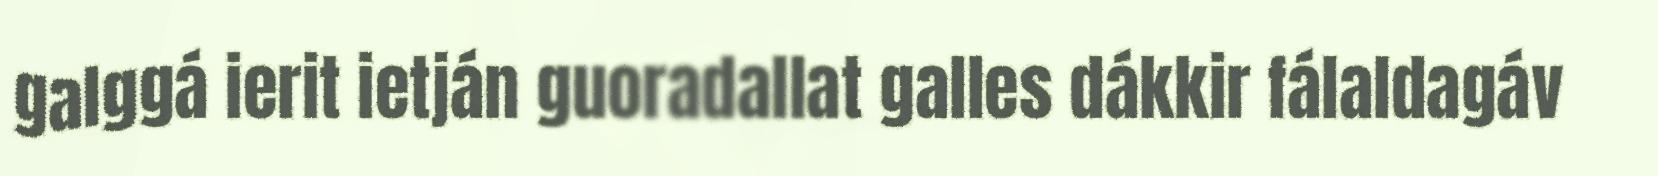
galggá ierit ietján guoradallat galles dákkir fálaldagáv